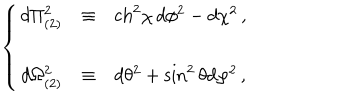
LaTeX: \left\{ \begin{array} { r c l } { { d \Pi _ { ( 2 ) } ^ { 2 } } } & { { \equiv } } & { { \mathrm { c h } ^ { 2 } \chi \, d \phi ^ { 2 } - d \chi ^ { 2 } \, , } } \\ { { } } & { { } } & { { } } \\ { { d \Omega _ { ( 2 ) } ^ { 2 } } } & { { \equiv } } & { { d \theta ^ { 2 } + \sin ^ { 2 } { \theta } d \varphi ^ { 2 } \, , } } \\ \end{array} \right.